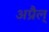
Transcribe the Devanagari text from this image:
अप्रैल्